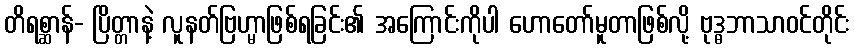
တိရစ္ဆာန်- ပြိတ္တာနဲ့ လူနတ်ဗြဟ္မာဖြစ်ရခြင်း၏ အကြောင်းကိုပါ ဟောတော်မူတာဖြစ်လို့ ဗုဒ္ဓဘာသာဝင်တိုင်း